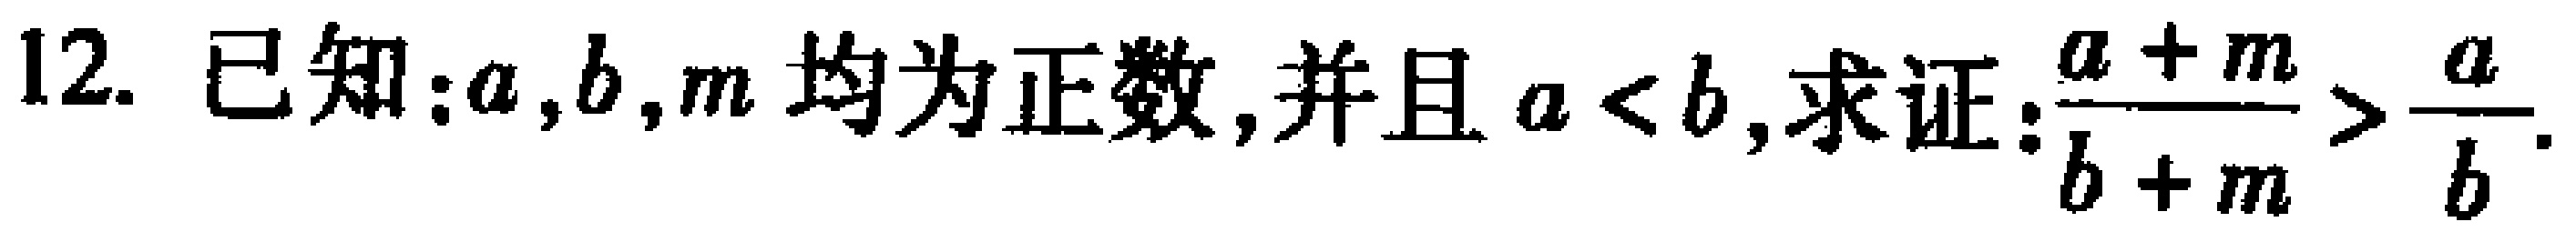
12. 已知：\(a,b,m\)均为正数，并且\(a < b\)，求证：\(\frac{a + m}{b + m} > \frac{a}{b}\).